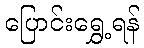
ပြောင်းရွှေ့ရန်